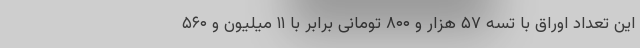
این تعداد اوراق با تسه ۵۷ هزار و ۸۰۰ تومانی برابر با ۱۱ میلیون و ۵۶۰